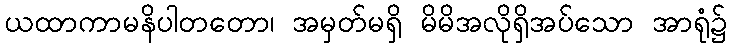
ယထာကာမနိပါတတော၊ အမှတ်မရှိ မိမိအလိုရှိအပ်သော အာရုံ၌